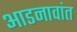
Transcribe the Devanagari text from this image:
आडनावांत